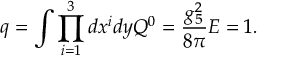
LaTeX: q = \int \prod _ { i = 1 } ^ { 3 } d x ^ { i } d y Q ^ { 0 } = \frac { g _ { 5 } ^ { 2 } } { 8 \pi } E = 1 .